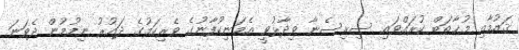
ޤައުމާއި މުޚާތަބް ކުރައްވައި ސިރިސެނާ ވިދާޅުވީ އެމަނިކުފާނުގެ ވެރިކަމުގެ ދައުރު ނިމުމުން ދެވަނަ